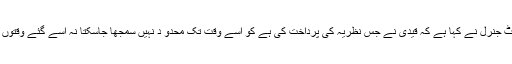
کورٹ نے مزید مشاہدہ کیا کہ ایڈ وکیٹ جنرل نے کہا ہے کہ قیدی نے جس نظریہ کی پرداخت کی ہے کو اسے وقت تک محدو د نہیں سمجھا جاسکتا نہ اسے گئے وقتوں کا خیال یا تازہ نظریہ کہہ سکتے ہیں۔